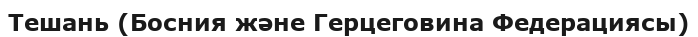
Тешань (Босния және Герцеговина Федерациясы)